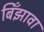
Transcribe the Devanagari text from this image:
बिँझावा